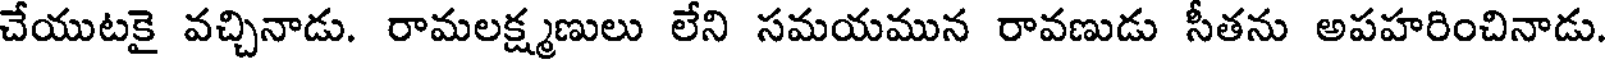
చేయుటకై వచ్చినాడు. రామలక్ష్మణులు లేని సమయమున రావణుడు సీతను అపహరించినాడు.